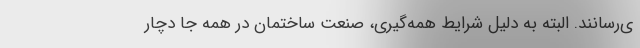
ی‌رسانند. البته به دلیل شرایط همه‌گیری، صنعت ساختمان در همه جا دچار